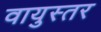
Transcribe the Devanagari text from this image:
वायुस्तर